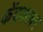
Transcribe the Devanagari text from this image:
केंद्रकावर